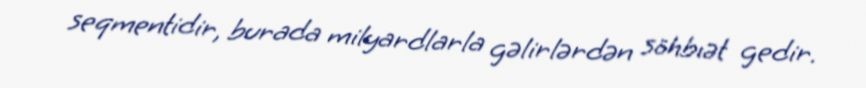
seqmentidir, burada milyardlarla gəlirlərdən söhbıət gedir.